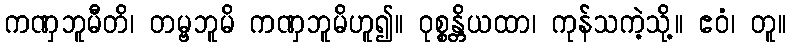
ကဏှဘူမီတိ၊ တမ္ဗဘူမိ ကဏှဘူမိဟူ၍။ ဝုစ္စန္တိယထာ၊ ကုန်သကဲ့သို့။ ဧဝံ၊ တူ။